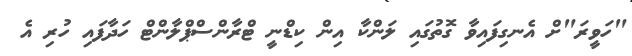
"ހަވީރަ"ށް އެނގިފައިވާ ގޮތުގައި ލަންކާ އިން ކިޑްނީ ޓްރާންސްޕްލާންޓް ހަދާފައި ހުރި އެ